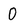
Character: 0